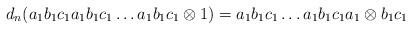
LaTeX: \begin{align*}d_n(a_1b_1c_1a_1b_1c_1 \dots a_1b_1c_1 \otimes 1) = a_1b_1c_1 \dots a_1b_1c_1a_1 \otimes b_1c_1\end{align*}